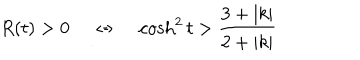
LaTeX: R ( t ) > 0 \; \Leftrightarrow \; \cosh ^ { 2 } t > \frac { 3 + | k | } { 2 + | k | }